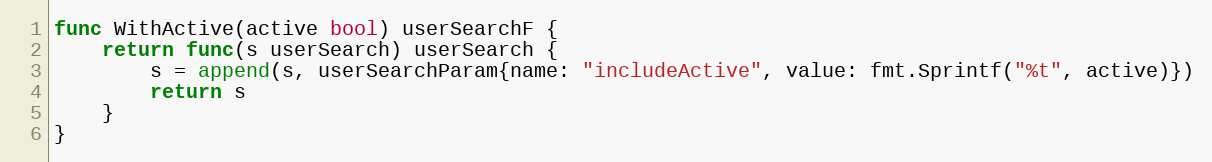
Language: Go
func WithActive(active bool) userSearchF {
	return func(s userSearch) userSearch {
		s = append(s, userSearchParam{name: "includeActive", value: fmt.Sprintf("%t", active)})
		return s
	}
}